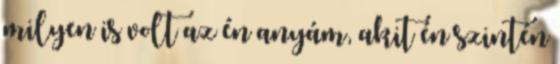
milyen is volt az én anyám, akit én szintén